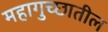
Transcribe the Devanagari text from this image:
महागुच्छातील